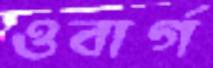
ওবার্গ